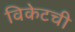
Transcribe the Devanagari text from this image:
विकेटची